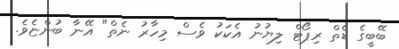
ބޭބީގެ ޑެތް ރިޕޯޓް ލިޔުނު އެކަކު ވެސް މިހާރު ނެތް" އޭނާ ބުންޏެވެ.